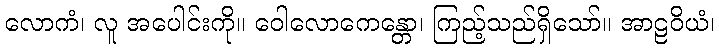
လောကံ၊ လူ အပေါင်းကို။ ဝေါလောကေန္တော၊ ကြည့်သည်ရှိသော်။ အာဠဝိယံ၊